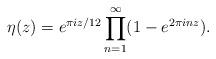
LaTeX: \begin{align*}\eta (z) = e^{\pi i z/12} \prod_{n=1}^{\infty} (1-e^{2\pi inz}).\end{align*}